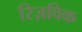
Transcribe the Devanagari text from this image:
रिज़विक